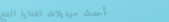
أحدث موديلات الهدايا الشخ